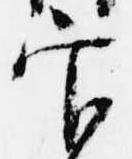
官